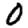
Digit: 0